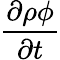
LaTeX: \frac{\partial\rho\phi}{\partial t}